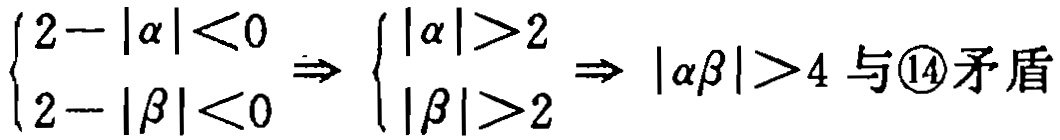
\(\begin{cases}2 - |\alpha| < 0 \\ 2 - |\beta| < 0\end{cases} \Rightarrow \begin{cases}|\alpha| > 2 \\ |\beta| > 2\end{cases} \Rightarrow |\alpha\beta| > 4 \text{ 与}\textcircled{14}\text{矛盾}\)